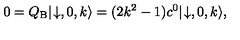
0 = Q _ { \mathrm { B } } | \! \downarrow , 0 , k \rangle = ( 2 k ^ { 2 } - 1 ) c ^ { 0 } | \! \downarrow , 0 , k \rangle ,